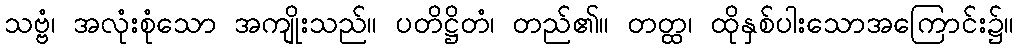
သဗ္ဗံ၊ အလုံးစုံသော အကျိုးသည်။ ပတိဋ္ဌိတံ၊ တည်၏။ တတ္ထ၊ ထိုနှစ်ပါးသောအကြောင်း၌။